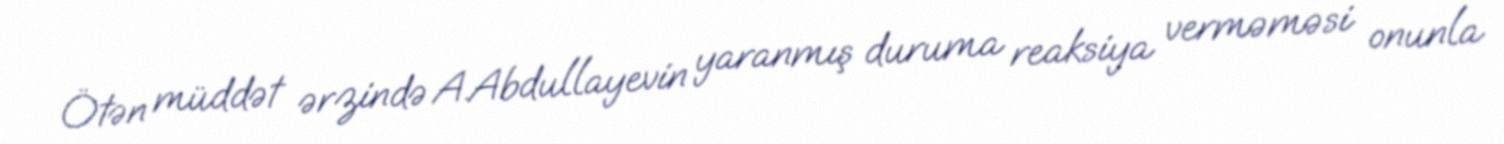
Ötən müddət ərzində A.Abdullayevin yaranmış duruma reaksiya verməməsi onunla